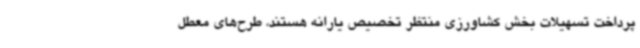
پرداخت تسهیلات بخش کشاورزی منتظر تخصیص یارانه هستند، طرح‌های معطل